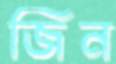
জিন